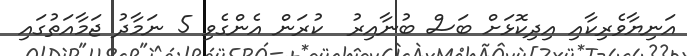
އަނިޔާވެރިކާއި އިދިކޮޅަށް ބަސް ބުނާއިރު  ކުރަން އެންގެވި 5 ނަމާދު ޖަމާއަތުގައި